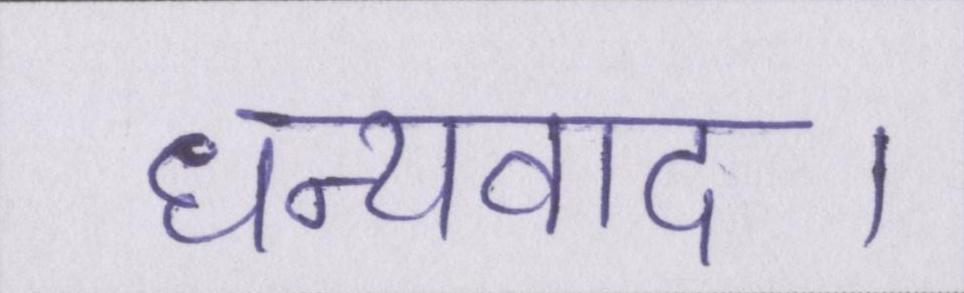
धन्यवाद।